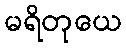
မရိတုယေ